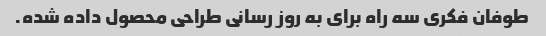
طوفان فکری سه راه برای به روز رسانی طراحی محصول داده شده.